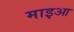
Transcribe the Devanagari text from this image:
माइआ